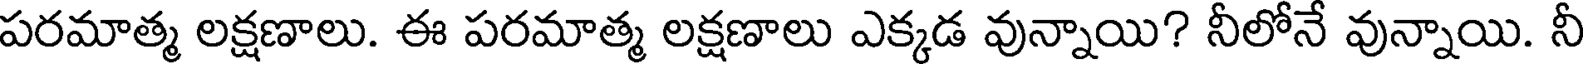
పరమాత్మ లక్షణాలు. ఈ పరమాత్మ లక్షణాలు ఎక్కడ వున్నాయి? నీలోనే వున్నాయి. నీ